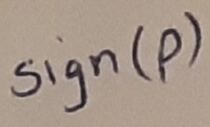
Text: Sign(p)